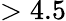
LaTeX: >4.5